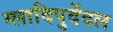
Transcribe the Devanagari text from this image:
ग्लादिपुदेंदल